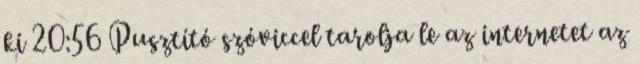
ki 20:56 Pusztító szóviccel tarolja le az internetet az